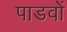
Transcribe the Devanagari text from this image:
पाडवों